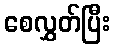
စေလွှတ်ပြီး